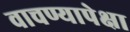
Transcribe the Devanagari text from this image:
वाचण्यापेक्षा